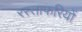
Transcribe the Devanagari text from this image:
रस्ताफरियों